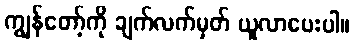
ကျွန်တော့်ကို ချက်လက်မှတ် ယူလာပေးပါ။